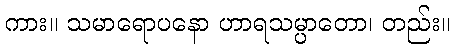
ကား။ သမာရောပနော ဟာရသမ္ပာတော၊ တည်း။